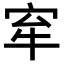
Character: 𡧷